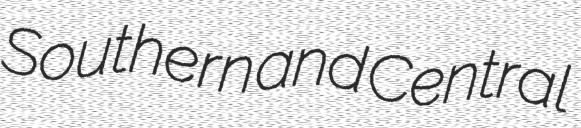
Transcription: Southern and Central